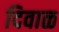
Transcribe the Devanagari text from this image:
दिवाळ